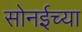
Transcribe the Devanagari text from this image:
सोनईच्या